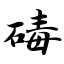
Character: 碡